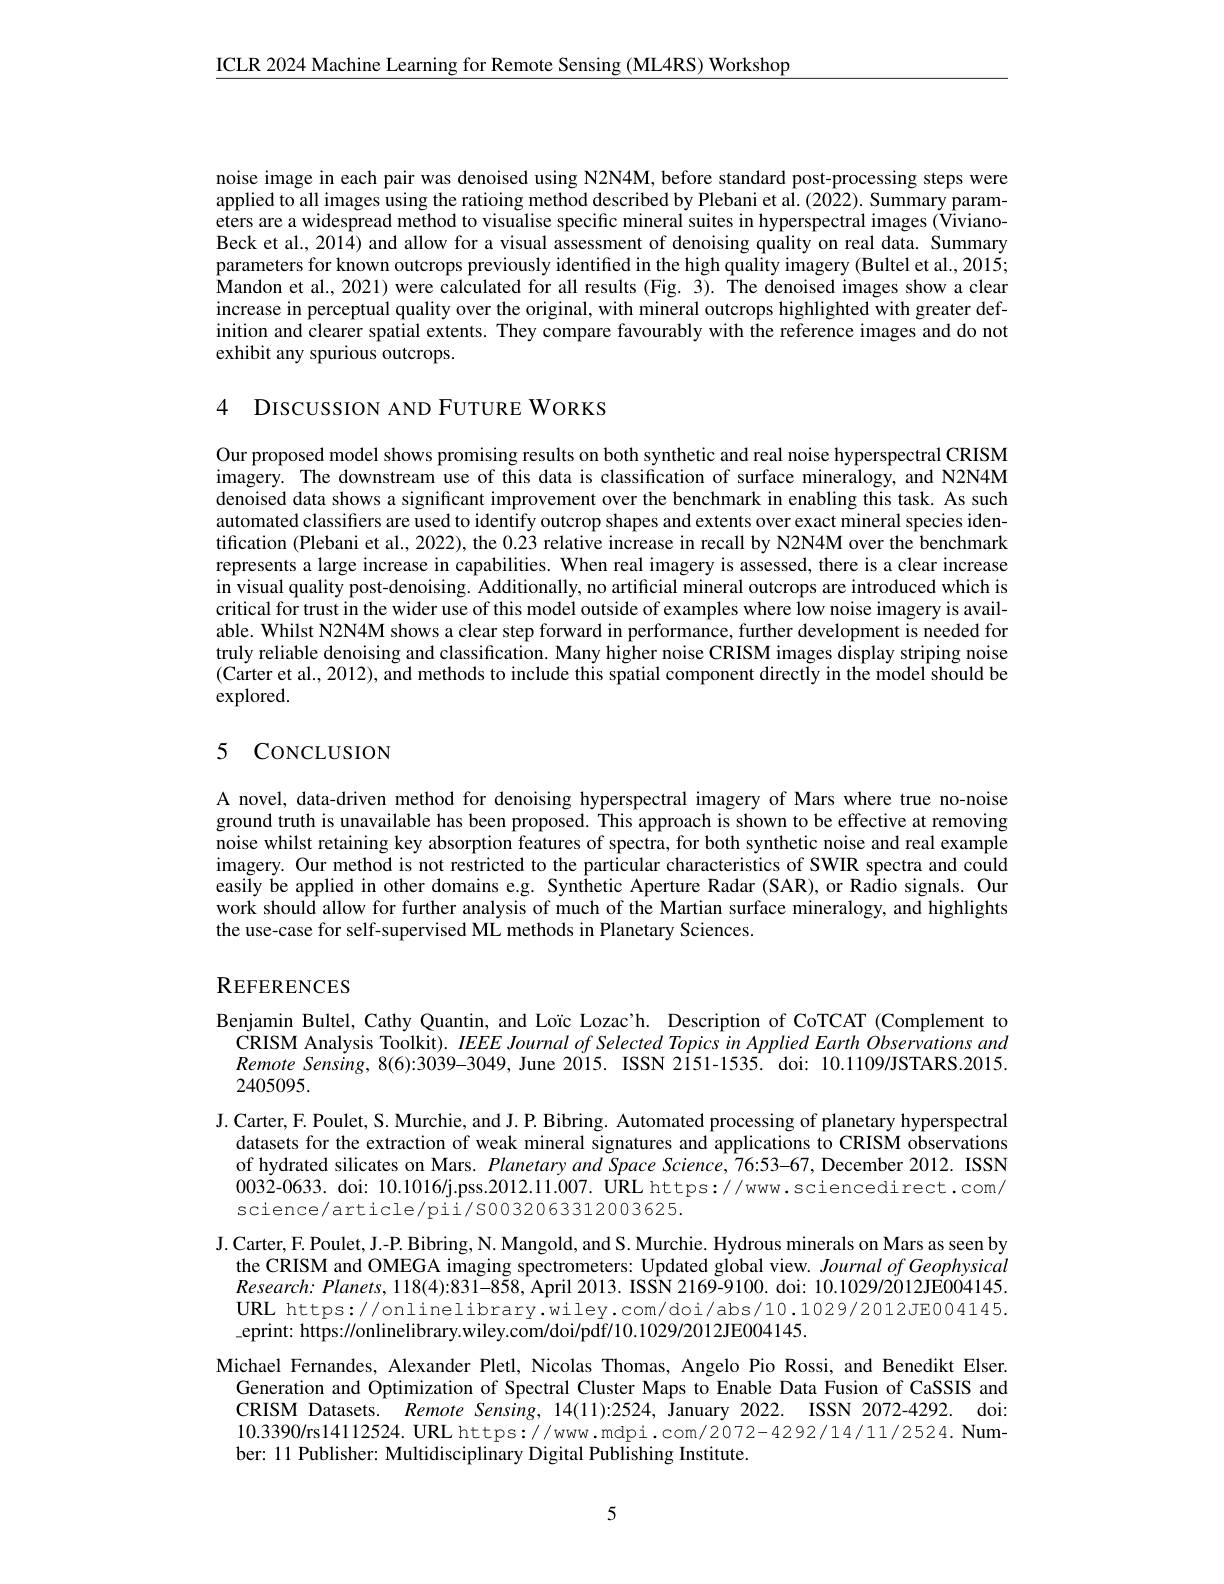
$\underline{\mathrm{ICLR~2024~Machine~Learning~for~Remote~Sensing~(ML4RS)~Workshop}}$

noise image in each pair was denoised using N2N4M, before standard post-processing steps were applied to all images using the ratioing method described by Plebani et aÎ.(2022). Summary parameters are a widespread method to visualise specific mineral suites in hyperspectral images (VivianoBeck et al., 2014) and allow for a visual assessment of denoising quality on real data. Summary parameters for known outcrops previously identified in the high quality imagery (Bultel et al., 2015; Mandon et al., 2021) were calculated for all results (Fig. 3). The denoised images show a clear increase in perceptual quality over the original, with mineral outcrops highlighted with greater definition and clearer spatial extents. They compare favourably with the reference images and do not exhibit any spurious outcrops.

4 DISCUSSION AND FUTURE WORKS

Our proposed model shows promising results on both synthetic and real noise hyperspectral CRISM imagery. The downstream use of this data is classification of surface mineralogy, and N2N4M denoised data shows a significant improvement over the benchmark in enabling this task. As such automated classifiers are used to identify outcrop shapes and extents over exact mineral species identification (Plebani et al., 2022), the 0.23 relative increase in recall by N2N4M over the benchmark represents a large increase in capabilities. When real imagery is assessed, there is a clear increase in visual quality post-denoising. Additionally, no artificial mineral outcrops are introduced which is critical for trust in the wider use of this model outside of examples where low noise imagery is available. Whilst N2N4M shows a clear step forward in performance, further development is needed for truly reliable denoising and classification. Many higher noise CRISM images display striping noise (Carter et al., 2012), and methods to include this spatial component directly in the model should be explored.

## 5 CONCLUSION

A novel, data-driven method for denoising hyperspectral imagery of Mars where true no-noise ground truth is unavailable has been proposed. This approach is shown to be effective at removing noise whilst retaining key absorption features of spectra, for both synthetic noise and real example imagery. Our method is not restricted to the particular characteristics of SWIR spectra and could easily be applied in other domains e.g. Synthetic Aperture Radar (SAR), or Radio signals. Our work should allow for further analysis of much of the Martian surface mineralogy, and highlights the use-case for self-supervised ML methods in Planetary Sciences.

$\mathbf{R}_{\mathrm{EFERENCES}}$

Benjamin Bultel, Cathy Quantin, and Loïc Lozac’h. Description of CoTCAT (Complement to CRISM Analysis Toolkit). $IEEE\textit{ Journal of Selected Topics in Applied Earth Observations and}$ $RemoteSensing,8(6):3039-3049$, June 2015. ISSN 2151-1535. doi: 10.1109/JSTARS.2015. 2405095.
J. Carter, F. Poulet, S. Murchie, and J. P. Bibring. Automated processing of planetary hyperspectral
datasets for the extraction of weak mineral signatures and applications to CRISM observations of hydrated silicates on Mars. Planetary and Space Science, 76:53-67, December 2012. ISSN 0032-0633. doi: 10.1016/j.pss.2012.11.007. URL https://www.sciencedirect.com/ science/article/pii/s0032063312003625.
J. Carter, F. Poulet, J.-P. Bibring, N. Mangold, and S. Murchie. Hydrous minerals on Mars as seen by
the CRISM and OMEGA imaging spectrometers: Updated global view. Journal of Geophysical $Research:Planets,118(4):831-858$,April 2013.ISSN 2169-9100. doi: 10.1029/2012JE004145. URL https://onlinelibrary.wiley.com/doi/abs/10.1029/2012JE004145. $\_$eprint: https://onlinelibrary.wiley.com/doi/pdf/10.1029/2012JE004145.
Michael Fernandes, Alexander Pletl, Nicolas Thomas, Angelo Pio Rossi, and Benedikt Elser.
Generation and Optimization of Spectral Cluster Maps to Enable Data Fusion of CaSSIS and CRISM Datasets. Remote Sensing, 14(11):2524, Îanuary 2022. ISSN 2072-4292. dois 10.3390/rs14112524.URL https://www.mdpi.com/2072-4292/14/11/2524.Number: 11 Publisher: Multidisciplinary Digital Publishing Institute.

5